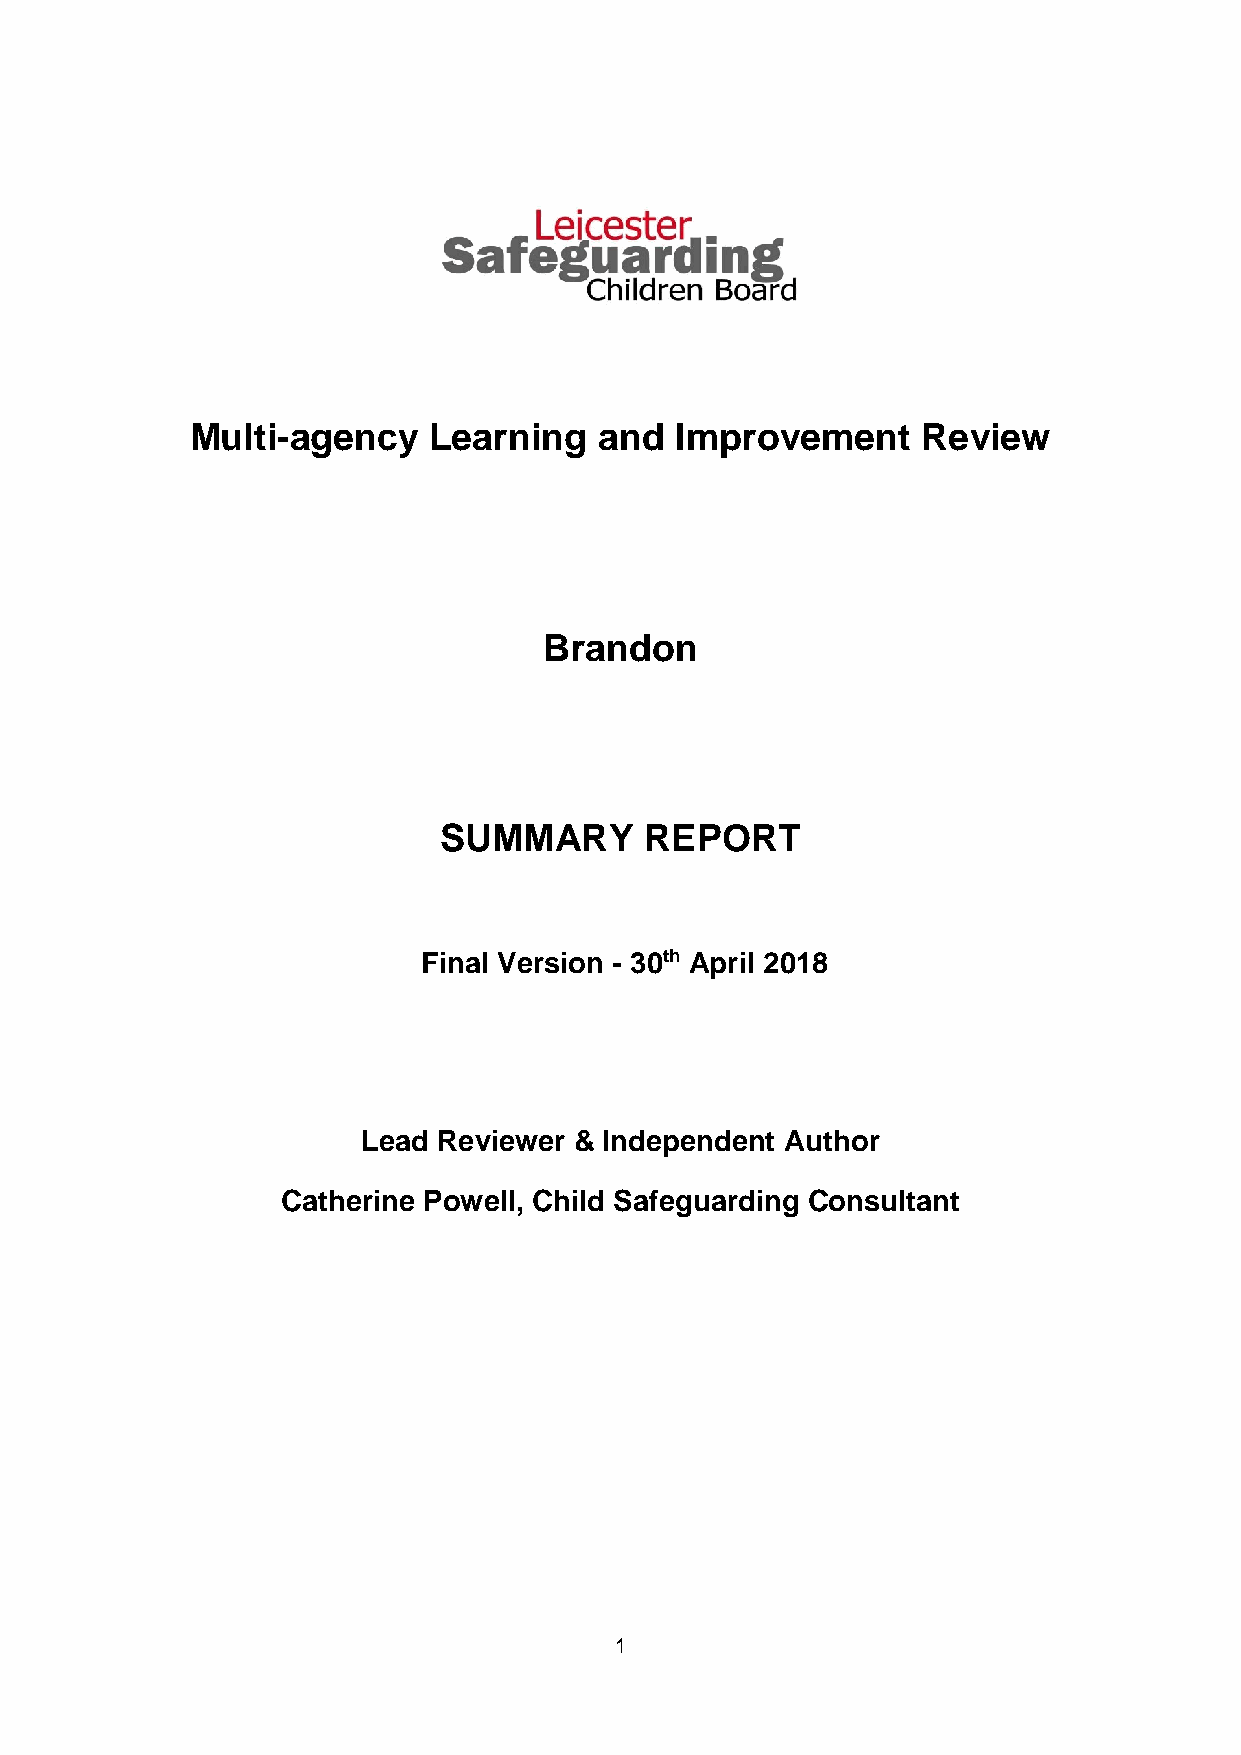
Multi-agency   Learning    and  Improvement     Review
 Brandon
 SUMMARY       REPORT
 Final Version - 30th April 2018
 Lead Reviewer & Independent Author
 Catherine Powell, Child Safeguarding Consultant
 1